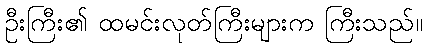
ဦးကြီး၏ ထမင်းလုတ်ကြီးများက ကြီးသည်။